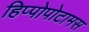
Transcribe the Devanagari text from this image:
हिप्पोपोटामस